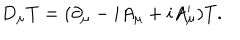
D _ { \mu } T = ( \partial _ { \mu } - i A _ { \mu } + i A _ { \mu } ^ { \prime } ) T .